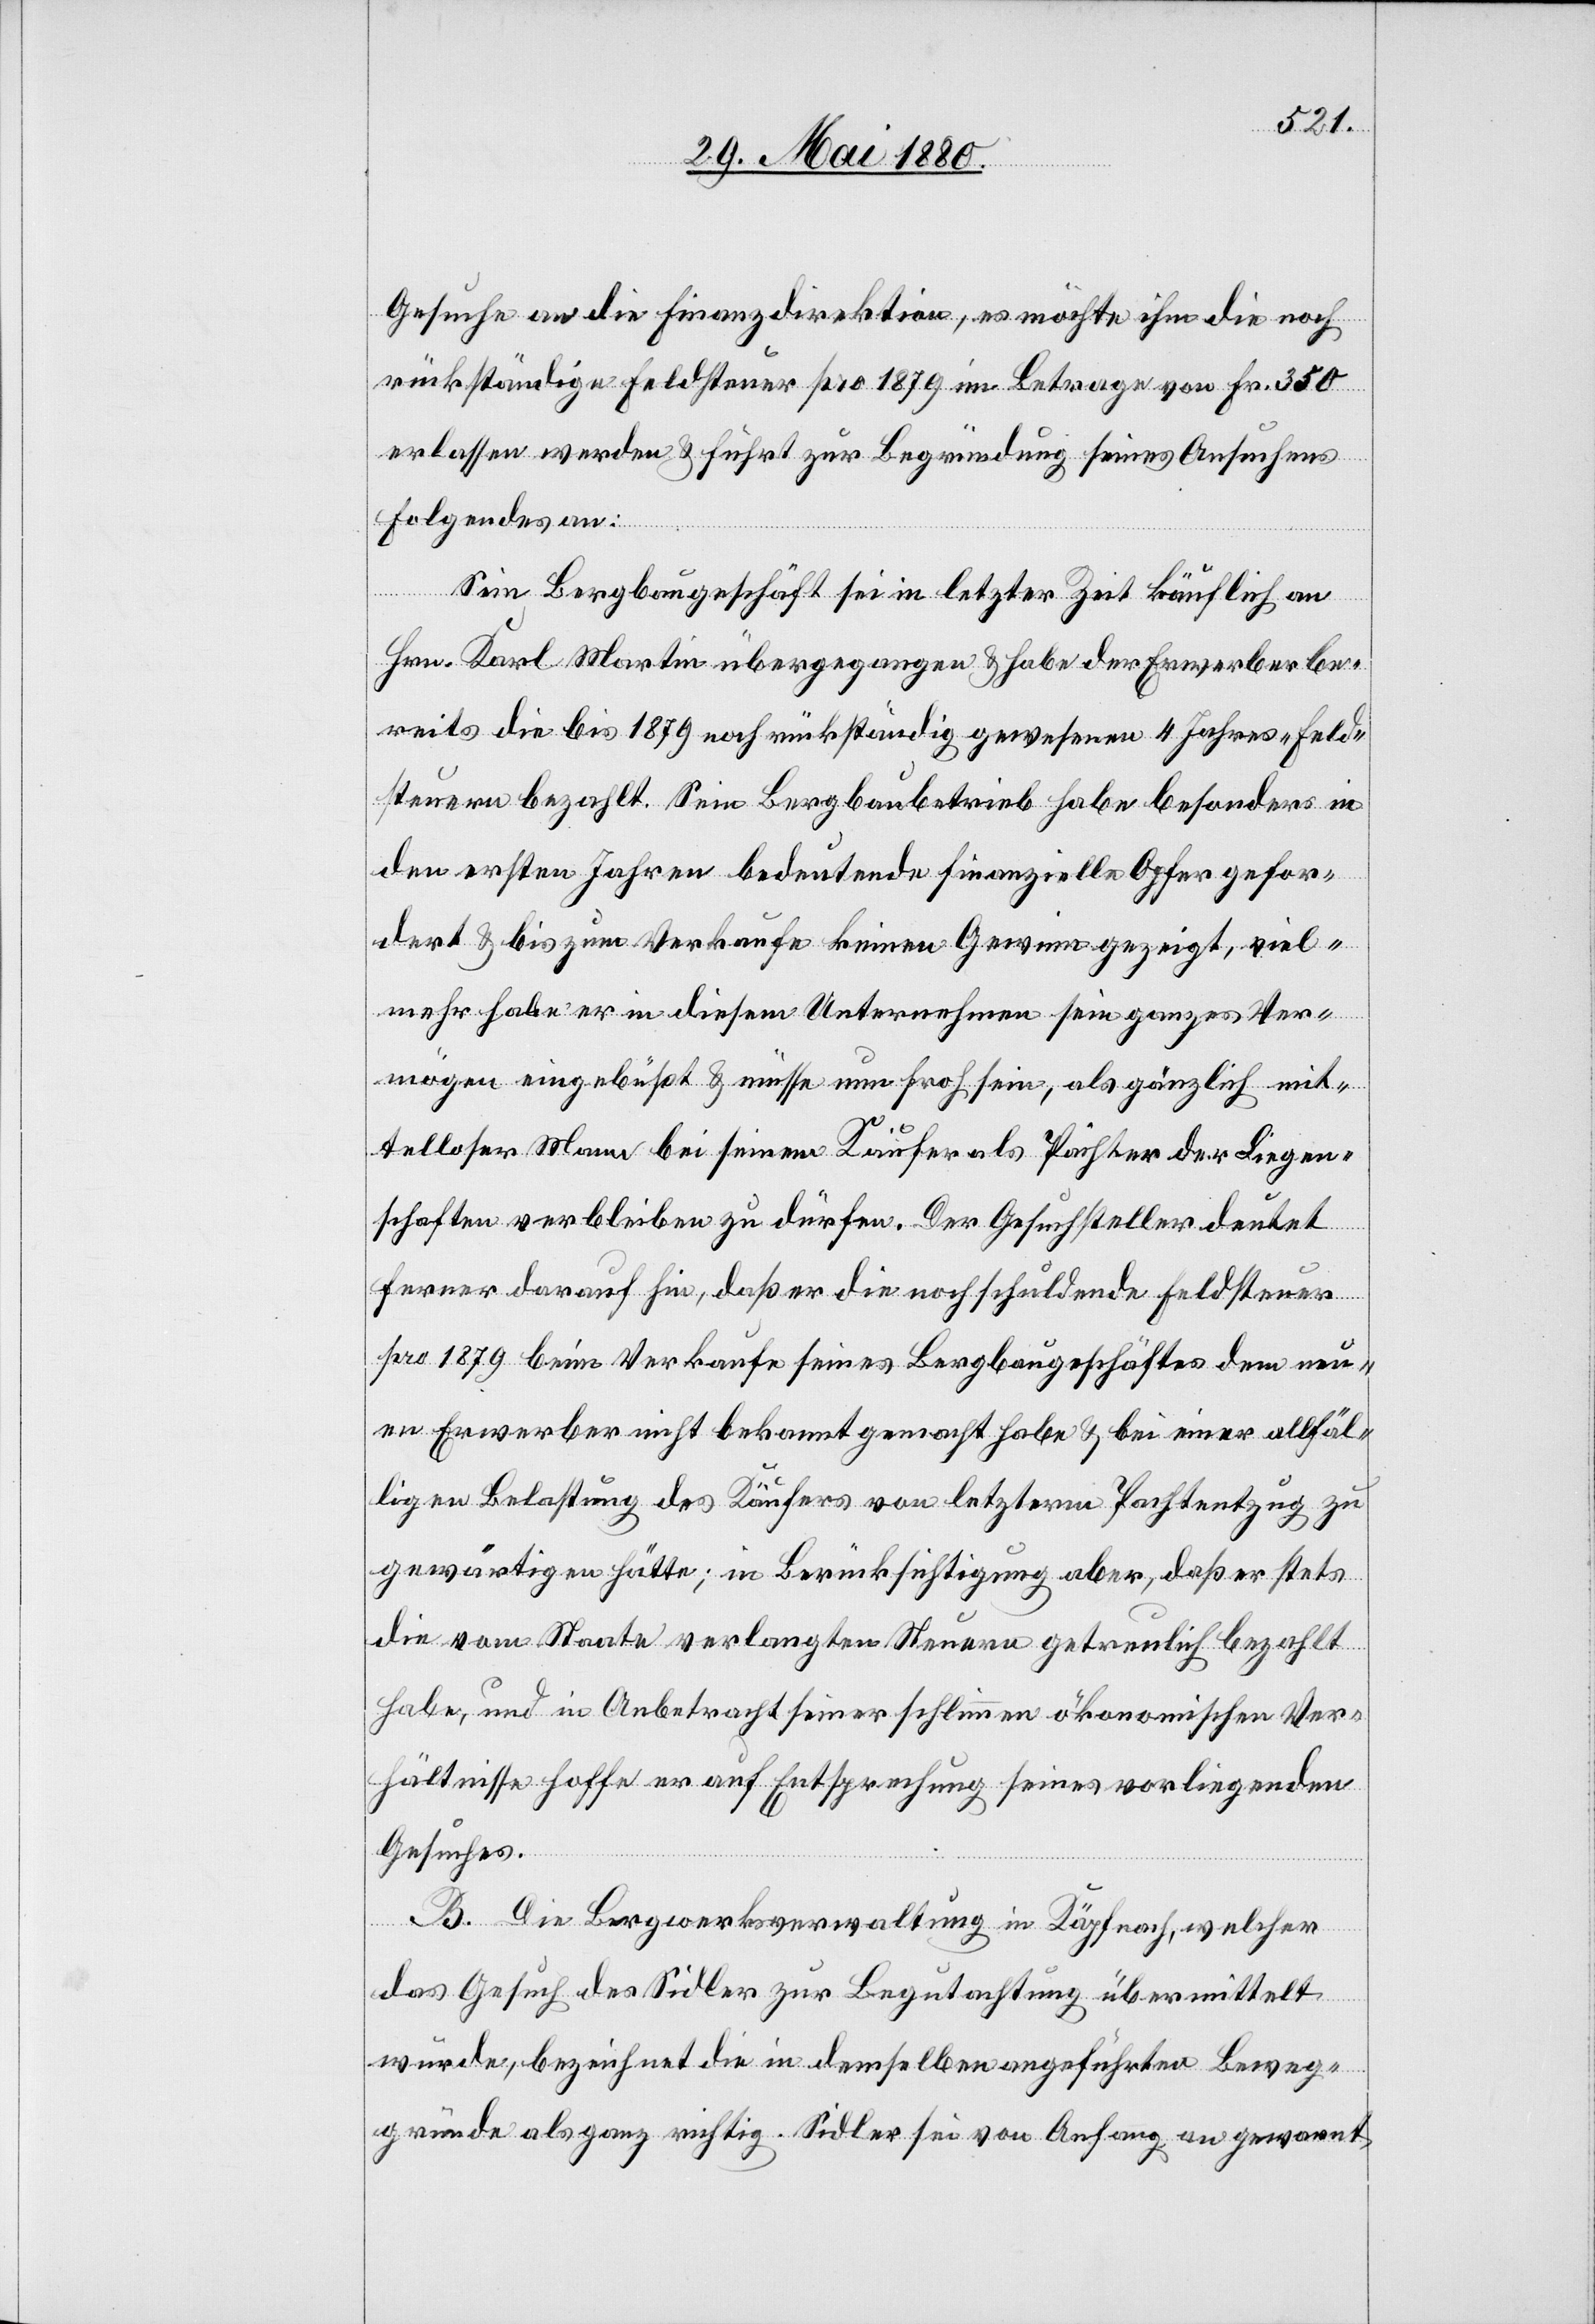
Gesuche an die Finanzdirektion, es möchte ihm die noch
rückständige Feldsteuer pro 1879 im Betrage von Fr. 350
erlassen werden & führt zur Begründung seines Ansuchens
Folgendes an:
Sein Bergbaugeschäft sei in letzter Zeit käuflich an
Hrn. Karl Martin übergegangen & habe der Erwerber be¬
reits die bis 1879 noch rückständig gewesenen 4 Jahres-Feld¬
steuern bezahlt. Sein Bergbaubetrieb habe besonders in
den ersten Jahren bedeutende finanzielle Opfer gefor¬
dert & bis zum Verkaufe keinen Gewinn gezeigt, viel¬
mehr habe er in diesem Unternehmen sein ganzes Ver¬
mögen eingebüßt & müsse nun froh sein, als gänzlich mit¬
telloser Man bei seinem Käufer als Pächter der Liegen¬
schaften verbleiben zu dürfen. Der Gesuchsteller deutet
ferner darauf hin, daß er die noch schuldende Feldsteuer
pro 1879 beim Verkaufe seines Bergbaugeschäftes dem neu¬
en Erwerber nicht bekannt gemacht habe & bei einer allfäl¬
ligen Belastung des Käufers von letzterm Pachtentzug zu
gewärtigen hätte; in Berücksichtigung aber, daß er stets
die vom Staate verlangten Steuern getreulich bezahlt
habe, und in Anbetracht seiner schlimmen ökonomischen Ver¬
hältnisse hoffe er auf Entsprechung seines vorliegenden
Gesuches.
B. Die Bergwerksverwaltung in Käpfnach, welcher
das Gesuch des Sidler zur Begutachtung übermittelt
wurde, bezeichnet die in demselben angeführten Beweg¬
gründe als ganz richtig. Sidler sei von Anfang an gewarnt